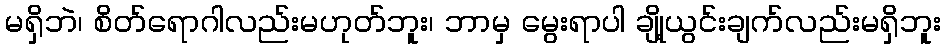
မရှိဘဲ၊ စိတ်ရောဂါလည်းမဟုတ်ဘူး၊ ဘာမှ မွေးရာပါ ချို့ယွင်းချက်လည်းမရှိဘူး